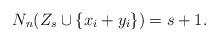
LaTeX: \begin{align*} N_{n}(Z_{s}\cup \{x_i+y_i\})=s+1.\end{align*}